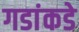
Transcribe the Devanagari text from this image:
गडांकडे